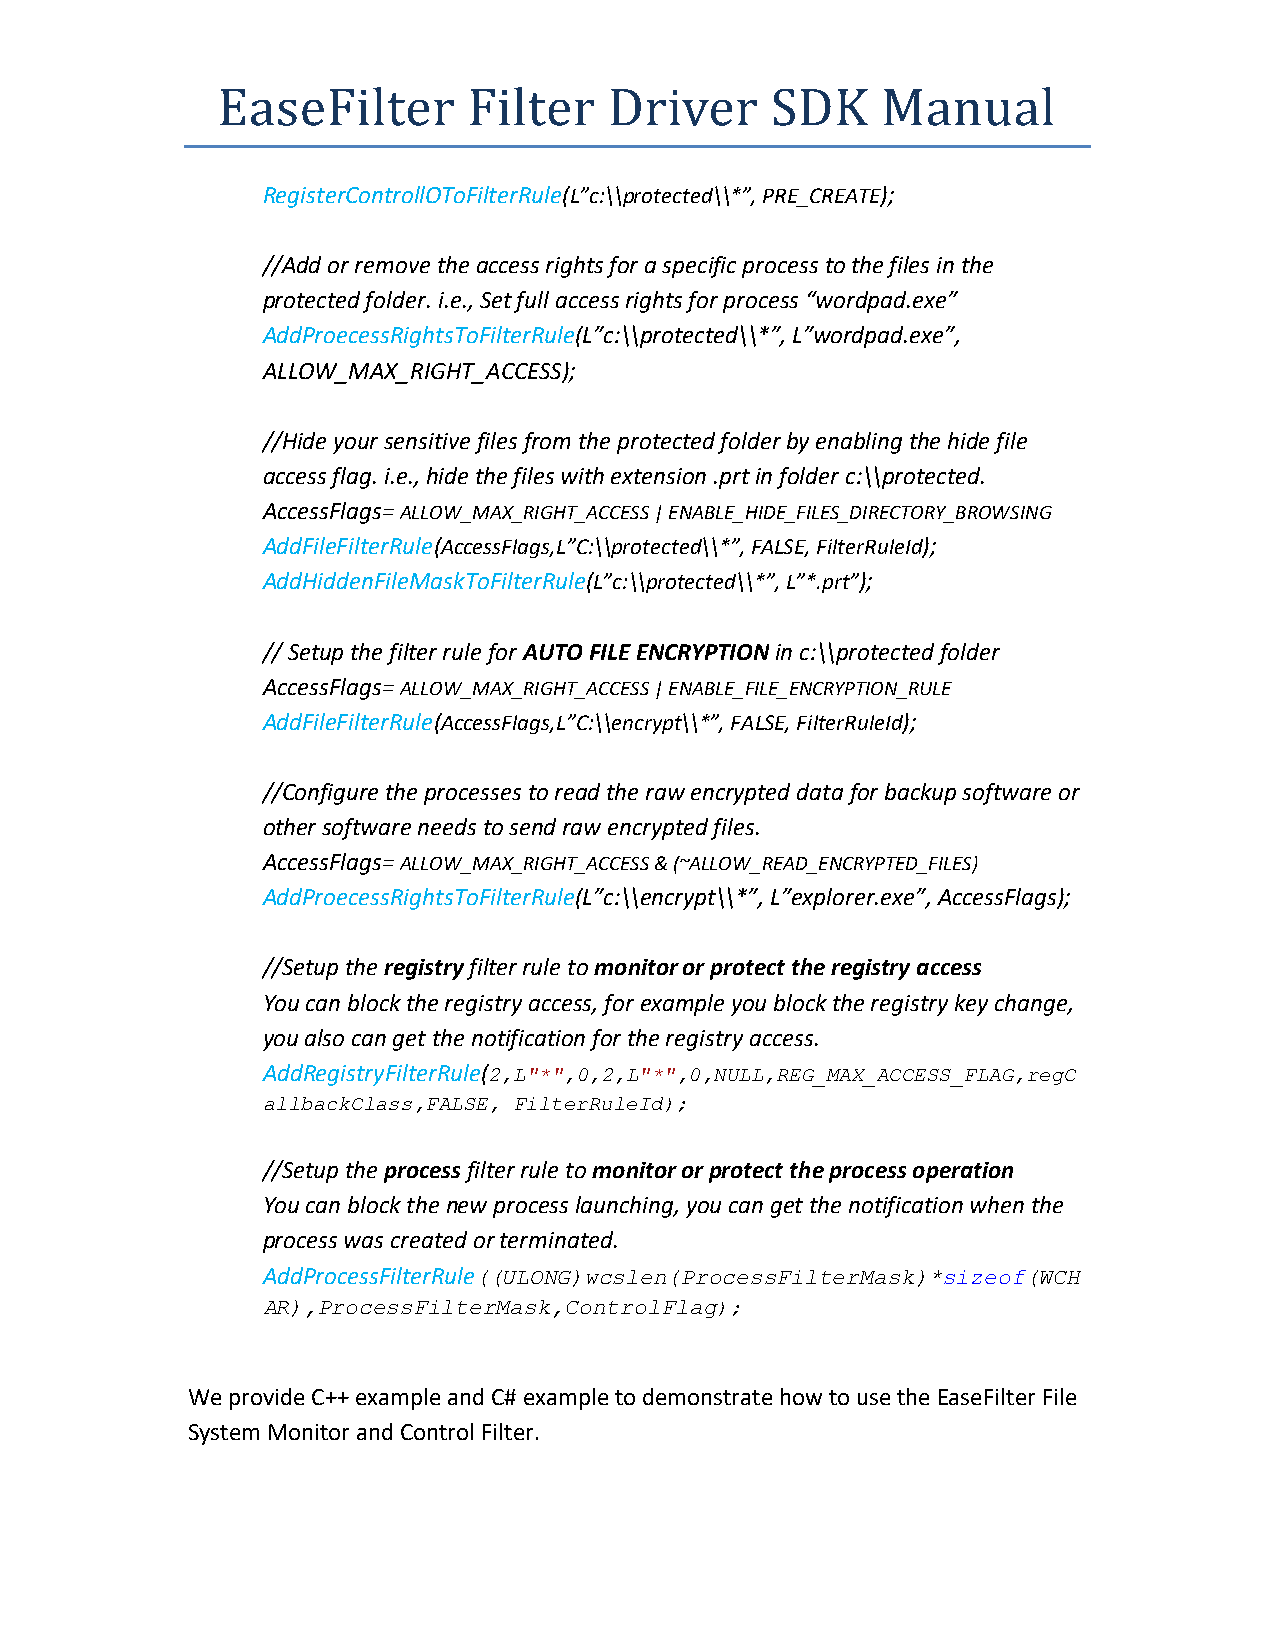
EaseFilter       Filter   Driver     SDK    Manual
 RegisterControllOToFilterRule(L”c:\\protected\\*”, PRE_CREATE);
 //Add or remove the access rights for a specific process to the files in the
 protected folder. i.e., Set full access rights for process “wordpad.exe”
 AddProecessRightsToFilterRule(L”c:\\protected\\*”, L”wordpad.exe”,
 ALLOW_MAX_RIGHT_ACCESS);
 //Hide your sensitive files from the protected folder by enabling the hide file
 access flag. i.e., hide the files with extension .prt in folder c:\\protected.
 AccessFlags= ALLOW_MAX_RIGHT_ACCESS | ENABLE_HIDE_FILES_DIRECTORY_BROWSING
 AddFileFilterRule(AccessFlags,L”C:\\protected\\*”, FALSE, FilterRuleId);
 AddHiddenFileMaskToFilterRule(L”c:\\protected\\*”, L”*.prt”);
 // Setup the filter rule for AUTO FILE ENCRYPTION in c:\\protected folder
 AccessFlags= ALLOW_MAX_RIGHT_ACCESS | ENABLE_FILE_ENCRYPTION_RULE
 AddFileFilterRule(AccessFlags,L”C:\\encrypt\\*”, FALSE, FilterRuleId);
 //Configure the processes to read the raw encrypted data for backup software or
 other software needs to send raw encrypted files.
 AccessFlags= ALLOW_MAX_RIGHT_ACCESS & (~ALLOW_READ_ENCRYPTED_FILES)
 AddProecessRightsToFilterRule(L”c:\\encrypt\\*”, L”explorer.exe”, AccessFlags);
 //Setup the registry filter rule to monitor or protect the registry access
 You can block the registry access, for example you block the registry key change,
 you also can get the notification for the registry access.
 AddRegistryFilterRule(2,L"*",0,2,L"*",0,NULL,REG_MAX_ACCESS_FLAG,regC
 allbackClass,FALSE, FilterRuleId);
 //Setup the process filter rule to monitor or protect the process operation
 You can block the new process launching, you can get the notification when the
 process was created or terminated.
 AddProcessFilterRule((ULONG)wcslen(ProcessFilterMask)*sizeof(WCH
 AR),ProcessFilterMask,ControlFlag);
 We provide C++ example and C# example to demonstrate how to use the EaseFilter File
 System Monitor and Control Filter.